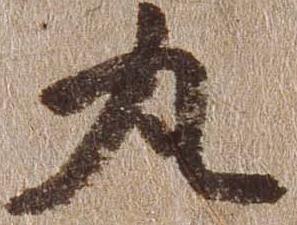
丸